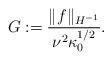
LaTeX: \begin{align*}G:=\frac{\|f\|_{H^{-1}}}{\nu^2 \kappa_0^{1/2}}.\end{align*}